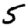
Digit: 5